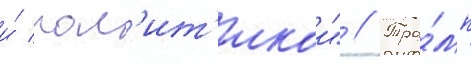
и́ пол'ит'икои" // Тра́мп